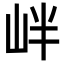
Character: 𡶡